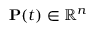
\mathbf { P } ( t ) \in \mathbb { R } ^ { n }